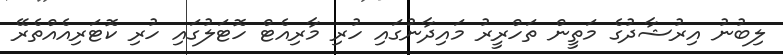
ލިބުނު އިރުޝާދުގެ މަތީން ތަހްރީރު މައިދާނުގައި ހުރި މާރިއެޓް ހޮޓަލުގައި ހުރި ކޮޓަރިއެއްތެރޭ